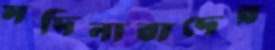
মদিনাবাদের